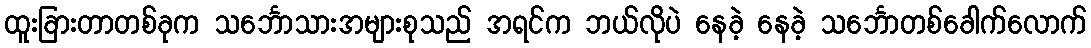
ထူးခြားတာတစ်ခုက သင်္ဘောသားအများစုသည် အရင်က ဘယ်လိုပဲ နေခဲ့ နေခဲ့ သင်္ဘောတစ်ခေါက်လောက်